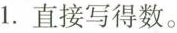
1.直接写得数。